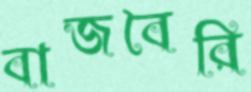
বাজবৈরি